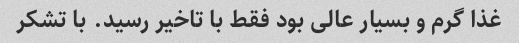
غذا گرم و بسیار عالی بود فقط با تاخیر رسید. با تشکر